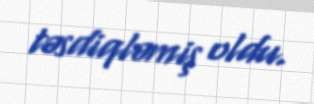
təsdiqləmiş oldu.